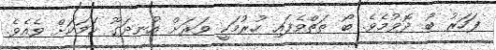
ފަހަރު ބޯ ދޮވުމެވެ. ބޯ ތަތްވެފައި ހުރުމަކީ ވަރަށް އުނދަގޫ ކަމަކަށް ވެއެވެ.